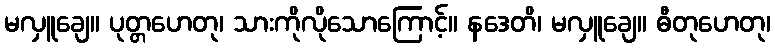
မလှူချေ။ ပုတ္တဟေတု၊ သားကိုလိုသောကြောင့်။ နဒေတိ၊ မလှူချေ။ ဓီတုဟေတု၊